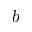
b